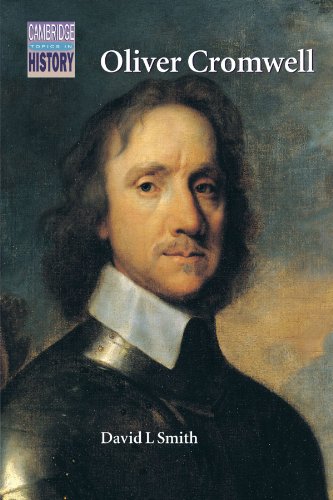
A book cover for Oliver Cromwell: Politics and Religion in the English Revolution 1640-1658 (Cambridge Topics in History); David L. Smith; Teen & Young Adult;